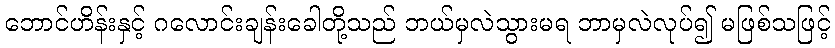
ဘောင်ဟိန်းနှင့် ဂလောင်းချန်းခေါတို့သည် ဘယ်မှလဲသွားမရ ဘာမှလဲလုပ်၍ မဖြစ်သဖြင့်